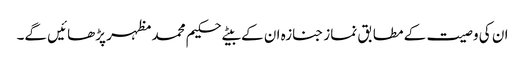
ان کی وصیت کے مطابق نماز جنازہ ان کے بیٹے حکیم محمد مظہر پڑھائیں گے۔